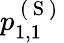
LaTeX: p_{1,1}^{\mathrm{~(~S~)~}}